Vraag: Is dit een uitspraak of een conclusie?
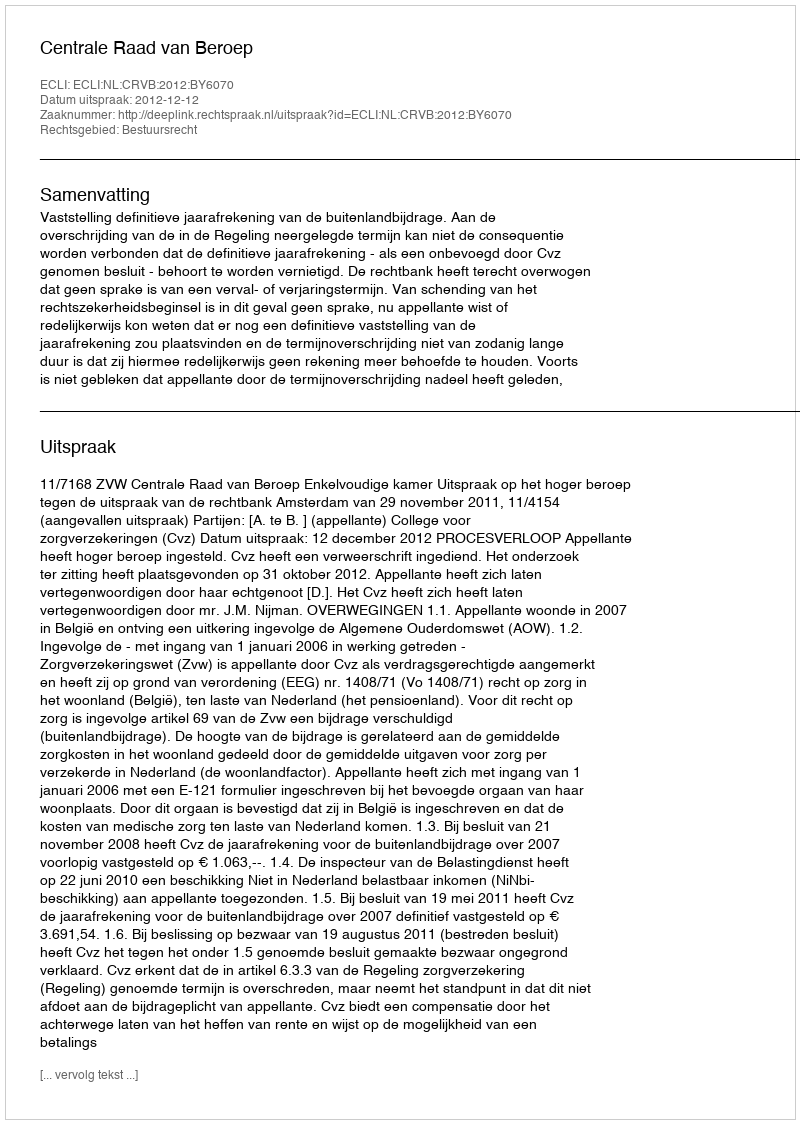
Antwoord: Uitspraak